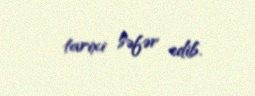
tarixi səfər edib.